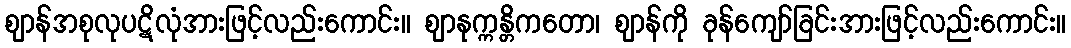
ဈာန်အစုလုပဋိလုံအားဖြင့်လည်းကောင်း။ ဈာနုက္ကန္တိကတော၊ ဈာန်ကို ခုန်ကျော်ခြင်းအားဖြင့်လည်းကောင်း။